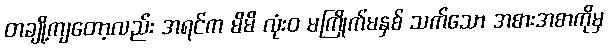
တချို့ကျတော့လည်း အရင်က မိမိ လုံးဝ မကြိုက်မနှစ် သက်သော အစားအစာကိုမှ